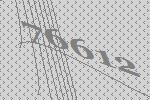
76612